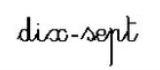
dix-sept